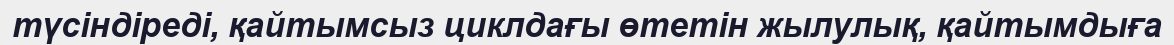
түсіндіреді, қайтымсыз циклдағы өтетін жылулық, қайтымдыға